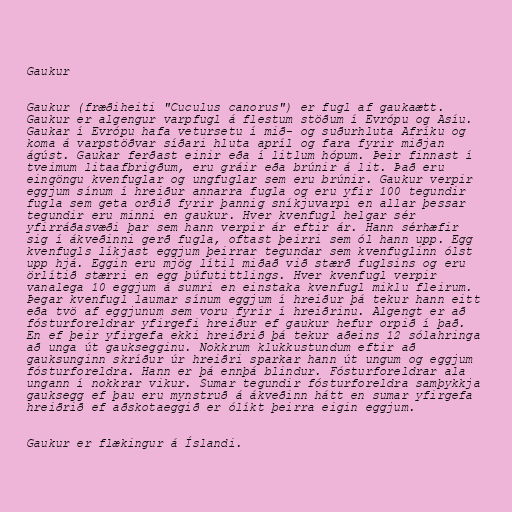
Gaukur

Gaukur (fræðiheiti "Cuculus canorus") er fugl af gaukaætt.
Gaukur er algengur varpfugl á flestum stöðum í Evrópu og Asíu.
Gaukar í Evrópu hafa vetursetu í mið- og suðurhluta Afríku og
koma á varpstöðvar síðari hluta apríl og fara fyrir miðjan
ágúst. Gaukar ferðast einir eða í litlum hópum. Þeir finnast í
tveimum litaafbrigðum, eru gráir eða brúnir á lit. Það eru
eingöngu kvenfuglar og ungfuglar sem eru brúnir. Gaukur verpir
eggjum sínum í hreiður annarra fugla og eru yfir 100 tegundir
fugla sem geta orðið fyrir þannig sníkjuvarpi en allar þessar
tegundir eru minni en gaukur. Hver kvenfugl helgar sér
yfirráðasvæði þar sem hann verpir ár eftir ár. Hann sérhæfir
sig í ákveðinni gerð fugla, oftast þeirri sem ól hann upp. Egg
kvenfugls líkjast eggjum þeirrar tegundar sem kvenfuglinn ólst
upp hjá. Eggin eru mjög lítil miðað við stærð fuglsins og eru
örlítið stærri en egg þúfutittlings. Hver kvenfugl verpir
vanalega 10 eggjum á sumri en einstaka kvenfugl miklu fleirum.
Þegar kvenfugl laumar sínum eggjum í hreiður þá tekur hann eitt
eða tvö af eggjunum sem voru fyrir í hreiðrinu. Algengt er að
fósturforeldrar yfirgefi hreiður ef gaukur hefur orpið í það.
En ef þeir yfirgefa ekki hreiðrið þá tekur aðeins 12 sólahringa
að unga út gauksegginu. Nokkrum klukkustundum eftir að
gauksunginn skríður úr hreiðri sparkar hann út ungum og eggjum
fósturforeldra. Hann er þá ennþá blindur. Fósturforeldrar ala
ungann í nokkrar vikur. Sumar tegundir fósturforeldra samþykkja
gauksegg ef þau eru mynstruð á ákveðinn hátt en sumar yfirgefa
hreiðrið ef aðskotaeggið er ólíkt þeirra eigin eggjum.

Gaukur er flækingur á Íslandi.